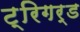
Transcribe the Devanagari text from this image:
ट्रिगर्ड